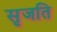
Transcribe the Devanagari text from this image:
सृजति